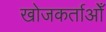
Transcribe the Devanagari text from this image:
खोजकर्ताओँ